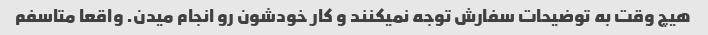
هیچ وقت به توضیحات سفارش توجه نمیکنند و کار خودشون رو انجام میدن. واقعا متاسفم